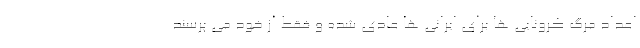
اعداد مرگ کرونایی ها برای ایرانی ها عادی شده و فقط از خود می پرسند